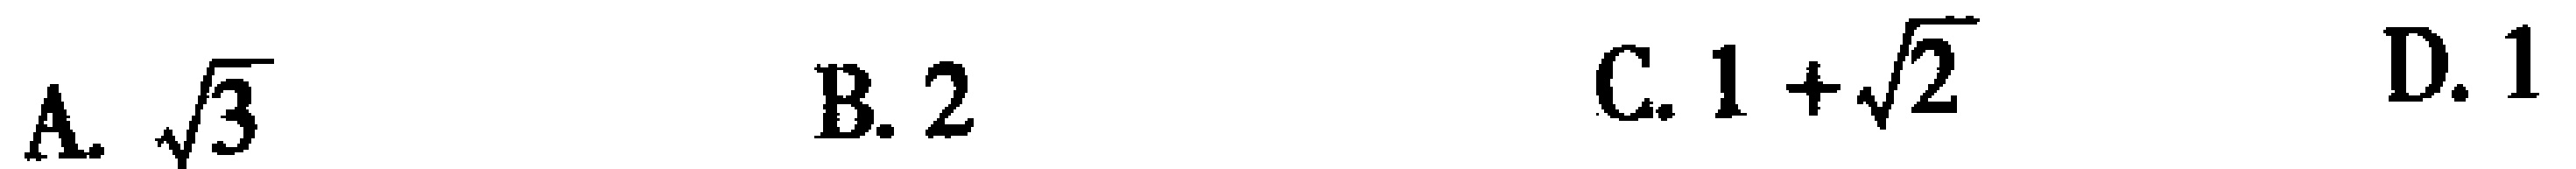
A. $\sqrt{3}$  B. $2$  C. $1+\sqrt{2}$  D. $1$